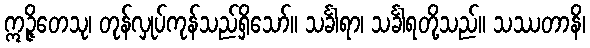
ဣဉ္ဇိတေသု၊ တုန်လှုပ်ကုန်သည်ရှိသော်။ သင်္ခါရာ၊ သင်္ခါရတို့သည်။ သဿတာနိ၊